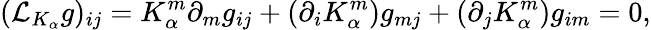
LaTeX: ({\mathcal L}_{K_{\alpha}}g)_{ij}=K_{\alpha}^{m}\partial_{m}g_{ij}+(\partial_{i}K_{\alpha}^{m})g_{mj}+(\partial_{j}K_{\alpha}^{m})g_{im}=0,